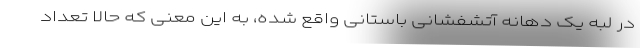
در لبه یک دهانه آتشفشانی باستانی واقع شده، به این معنی که حالا تعداد